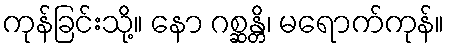
ကုန်ခြင်းသို့။ နော ဂစ္ဆန္တိ၊ မရောက်ကုန်။